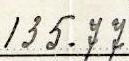
135.77